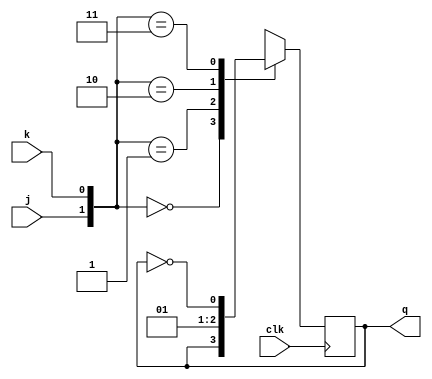
`timescale 1ns / 1ps
//////////////////////////////////////////////////////////////////////////////////
// Company: 
// Engineer: 
// 
// Design Name: 
// Module Name: jk_flipflop
// Project Name: 
// Target Devices: 
// Tool Versions: 
// Description: 
// 
// Dependencies: 
// 
// Revision:
// Revision 0.01 - File Created
// Additional Comments:
// 
//////////////////////////////////////////////////////////////////////////////////

module jk_flipflop(
                    input j,k,clk,
                    output reg q);    
  
always@(posedge clk)
begin  
      case({j,k})  
         2'b00 :  q <= q;  
         2'b01 :  q <= 0;  
         2'b10 :  q <= 1;  
         2'b11 :  q <= ~q;  
      endcase
end        
endmodule